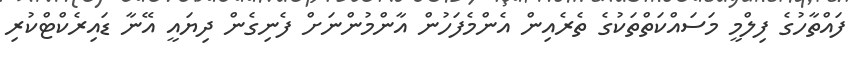
ފައްތާހުގެ ފިލްމީ މަސައްކަތްތަކުގެ ތެރެއިން އެންމެފަހުން އާންމުންނަށް ފެނިގެން ދިޔައީ އޭނާ ޑައިރެކްޓްކުރި